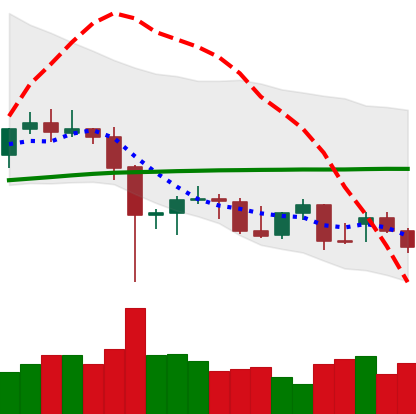
Ticker: BTC-USD
Chart end date: 2021-12-17
Forward return: 5.252%
Label: up_5_7